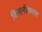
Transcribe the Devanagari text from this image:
किसनीकरण